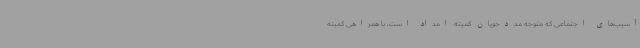
آسیب‌های اجتماعی که متوجه مددجویان کمیته امداد است، با همراهی کمیته